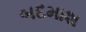
બદમાશ